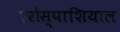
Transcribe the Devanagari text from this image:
एरोस्पाशियाल